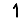
Digit: 1